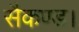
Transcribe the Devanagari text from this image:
सैकण्ड।